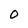
Character: O